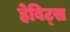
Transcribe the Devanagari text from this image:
हेबिट्स